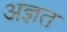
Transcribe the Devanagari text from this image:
अज्ञत